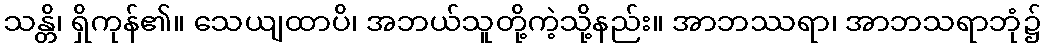
သန္တိ၊ ရှိကုန်၏။ သေယျထာပိ၊ အဘယ်သူတို့ကဲ့သို့နည်း။ အာဘဿရာ၊ အာဘသရာဘုံ၌